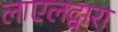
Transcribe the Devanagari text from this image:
लाएलद्वारा